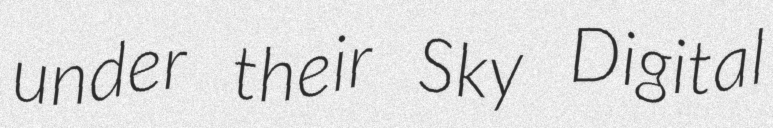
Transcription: under their Sky Digital